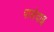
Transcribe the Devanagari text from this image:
पालेदाइ